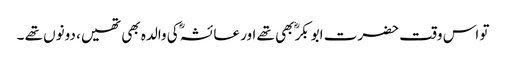
تو اس وقت حضرت ابوبکرؓ بھی تھے اور عائشہؓ کی والدہ بھی تھیں، دونوں تھے ۔